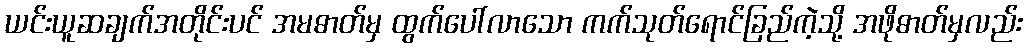
ယင်းယူဆချက်အတိုင်းပင် အမဓာတ်မှ ထွက်ပေါ်လာသော ကက်သုတ်ရောင်ခြည်ကဲ့သို့ အဖိုဓာတ်မှလည်း